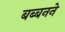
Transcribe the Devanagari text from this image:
बब्बनने